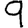
Digit: 9